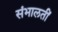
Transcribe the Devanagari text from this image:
संभालतीं